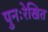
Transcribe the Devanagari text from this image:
पुनःरेखित